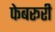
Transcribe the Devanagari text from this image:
फेबरूरी